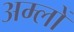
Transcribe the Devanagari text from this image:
अम्‍लों